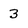
Character: 3